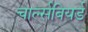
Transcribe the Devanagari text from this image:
चार्ल्सबियर्ड